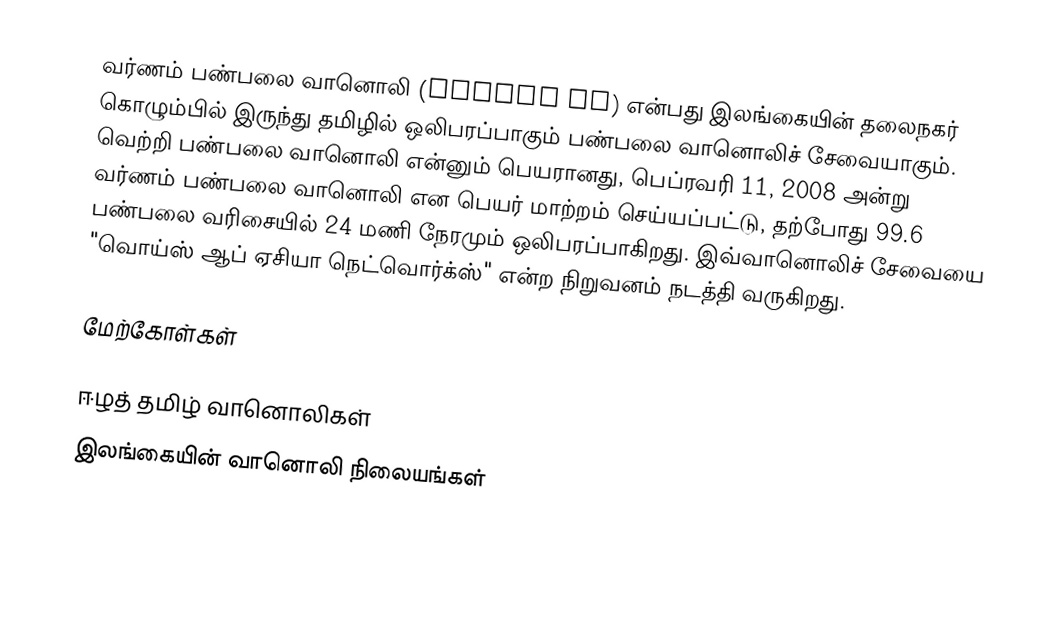
வர்ணம் பண்பலை வானொலி (Varnam FM) என்பது இலங்கையின் தலைநகர் கொழும்பில் இருந்து தமிழில் ஒலிபரப்பாகும் பண்பலை வானொலிச் சேவையாகும். வெற்றி பண்பலை வானொலி என்னும் பெயரானது, பெப்ரவரி 11, 2008 அன்று வர்ணம் பண்பலை வானொலி என பெயர் மாற்றம் செய்யப்பட்டு, தற்போது 99.6 பண்பலை வரிசையில் 24 மணி நேரமும் ஒலிபரப்பாகிறது. இவ்வானொலிச் சேவையை "வொய்ஸ் ஆப் ஏசியா நெட்வொர்க்ஸ்" என்ற நிறுவனம் நடத்தி வருகிறது.

மேற்கோள்கள்

ஈழத் தமிழ் வானொலிகள்
இலங்கையின் வானொலி நிலையங்கள்